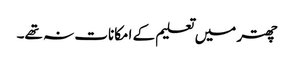
چھتر میں تعلیم کے امکانات نہ تھے۔